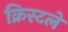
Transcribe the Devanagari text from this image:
क्रिस्टले